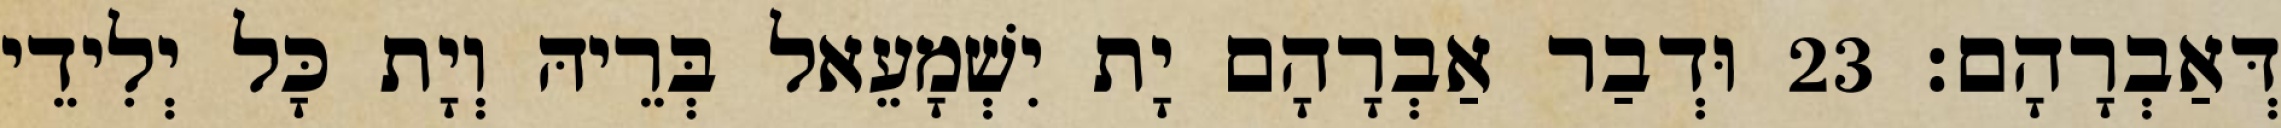
דְּאַבְרָהָם׃ 23 וּדְבַר אַבְרָהָם יָת יִשְׁמָעֵאל בְּרֵיהּ וְיָת כָּל יְלִידֵי